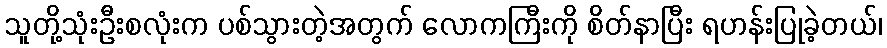
သူတို့သုံးဦးစလုံးက ပစ်သွားတဲ့အတွက် လောကကြီးကို စိတ်နာပြီး ရဟန်းပြုခဲ့တယ်၊